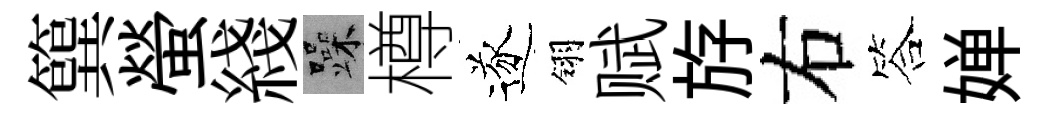
簨螢綫躁樽遂翎赋斿右答婵